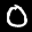
Label: 0